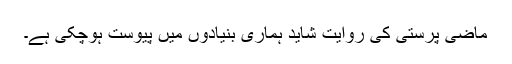
ماضی پرستی کی روایت شاید ہماری بنیادوں میں پیوست ہوچکی ہے۔